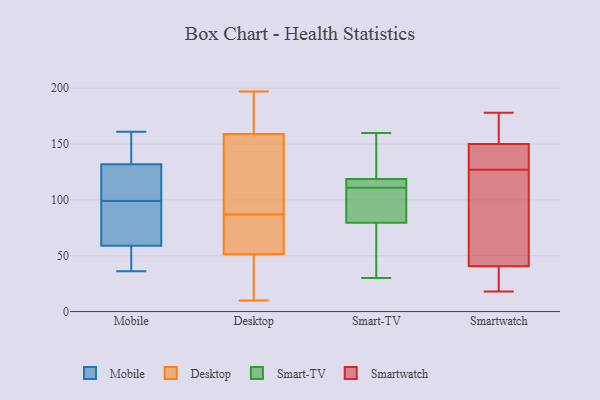
{"axis": {"x": "Backlog", "y": "Value"}, "legend": ["Desktop", "Mobile", "Smart-TV", "Smartwatch"], "data": [{"x": "", "y": 71, "type": "Mobile"}, {"x": "", "y": 98, "type": "Mobile"}, {"x": "", "y": 132, "type": "Mobile"}, {"x": "", "y": 51, "type": "Mobile"}, {"x": "", "y": 127, "type": "Mobile"}, {"x": "", "y": 100, "type": "Mobile"}, {"x": "", "y": 153, "type": "Mobile"}, {"x": "", "y": 161, "type": "Mobile"}, {"x": "", "y": 60, "type": "Mobile"}, {"x": "", "y": 36, "type": "Mobile"}, {"x": "", "y": 45, "type": "Mobile"}, {"x": "", "y": 115, "type": "Mobile"}, {"x": "", "y": 146, "type": "Mobile"}, {"x": "", "y": 59, "type": "Mobile"}, {"x": "", "y": 87, "type": "Desktop"}, {"x": "", "y": 10, "type": "Desktop"}, {"x": "", "y": 160, "type": "Desktop"}, {"x": "", "y": 138, "type": "Desktop"}, {"x": "", "y": 181, "type": "Desktop"}, {"x": "", "y": 51, "type": "Desktop"}, {"x": "", "y": 147, "type": "Desktop"}, {"x": "", "y": 20, "type": "Desktop"}, {"x": "", "y": 156, "type": "Desktop"}, {"x": "", "y": 197, "type": "Desktop"}, {"x": "", "y": 62, "type": "Desktop"}, {"x": "", "y": 52, "type": "Desktop"}, {"x": "", "y": 13, "type": "Desktop"}, {"x": "", "y": 87, "type": "Desktop"}, {"x": "", "y": 193, "type": "Desktop"}, {"x": "", "y": 117, "type": "Smart-TV"}, {"x": "", "y": 111, "type": "Smart-TV"}, {"x": "", "y": 88, "type": "Smart-TV"}, {"x": "", "y": 85, "type": "Smart-TV"}, {"x": "", "y": 63, "type": "Smart-TV"}, {"x": "", "y": 116, "type": "Smart-TV"}, {"x": "", "y": 30, "type": "Smart-TV"}, {"x": "", "y": 113, "type": "Smart-TV"}, {"x": "", "y": 36, "type": "Smart-TV"}, {"x": "", "y": 124, "type": "Smart-TV"}, {"x": "", "y": 93, "type": "Smart-TV"}, {"x": "", "y": 107, "type": "Smart-TV"}, {"x": "", "y": 157, "type": "Smart-TV"}, {"x": "", "y": 160, "type": "Smart-TV"}, {"x": "", "y": 144, "type": "Smart-TV"}, {"x": "", "y": 111, "type": "Smart-TV"}, {"x": "", "y": 31, "type": "Smart-TV"}, {"x": "", "y": 172, "type": "Smartwatch"}, {"x": "", "y": 165, "type": "Smartwatch"}, {"x": "", "y": 24, "type": "Smartwatch"}, {"x": "", "y": 42, "type": "Smartwatch"}, {"x": "", "y": 147, "type": "Smartwatch"}, {"x": "", "y": 75, "type": "Smartwatch"}, {"x": "", "y": 56, "type": "Smartwatch"}, {"x": "", "y": 18, "type": "Smartwatch"}, {"x": "", "y": 135, "type": "Smartwatch"}, {"x": "", "y": 36, "type": "Smartwatch"}, {"x": "", "y": 127, "type": "Smartwatch"}, {"x": "", "y": 19, "type": "Smartwatch"}, {"x": "", "y": 107, "type": "Smartwatch"}, {"x": "", "y": 159, "type": "Smartwatch"}, {"x": "", "y": 137, "type": "Smartwatch"}, {"x": "", "y": 131, "type": "Smartwatch"}, {"x": "", "y": 178, "type": "Smartwatch"}]}